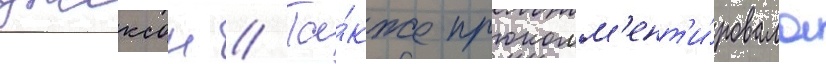
джексон // Та́кже прокомм'ент'и́ровала